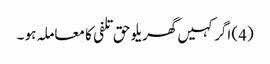
(4) اگر کہیں گھریلو حق تلفی کا معاملہ ہو ۔